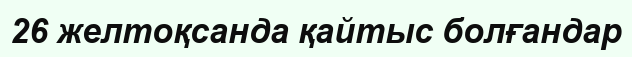
26 желтоқсанда қайтыс болғандар